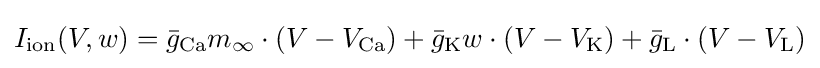
I_{\mathrm {ion} }(V,w)={\bar {g}}_{\mathrm {Ca} }m_{\infty }\cdot (V-V_{\mathrm {Ca} })+{\bar {g}}_{\mathrm {K} }w\cdot (V-V_{\mathrm {K} })+{\bar {g}}_{\mathrm {L} }\cdot (V-V_{\mathrm {L} })